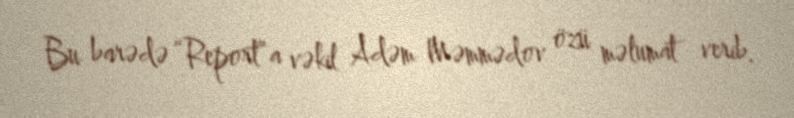
Bu barədə “Report”a vəkil Adəm Məmmədov özü məlumat verib.